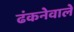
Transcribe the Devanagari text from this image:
ढंकनेवाले